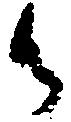
御